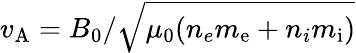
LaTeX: v_{\mathrm{A}}=B_{\mathrm{0}}/\sqrt{\mu_{\mathrm{0}}(n_{e}m_{\mathrm{e}}+n_{i}m_{\mathrm{i}})}